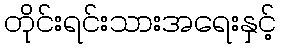
တိုင်းရင်းသားအရေးနှင့်